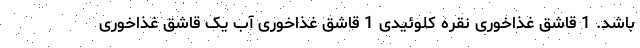
باشد. 1 قاشق غذاخوری نقره کلوئیدی 1 قاشق غذاخوری آب یک قاشق غذاخوری